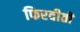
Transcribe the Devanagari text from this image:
फिरवीतों